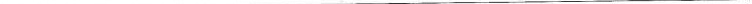
___